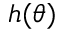
h ( \theta )